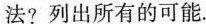
法?列出所有的可能。